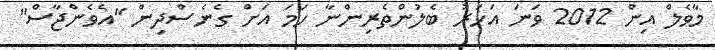
މާވެލް އިން 2012 ވަނަ އަހަރު ބެލުންތެރިންނާ ހަމަ އަށް ގެނެސްދިން "އެވެންޖާސް"